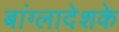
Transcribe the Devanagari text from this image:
बांग्लादेशके